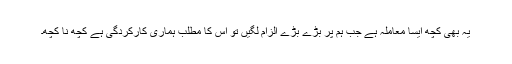
یہ بھی کچھ ایسا معاملہ ہے جب ہم پر بڑے بڑے الزام لگیں تو اس کا مطلب ہماری کارکردگی ہے کچھ نا کچھ۔